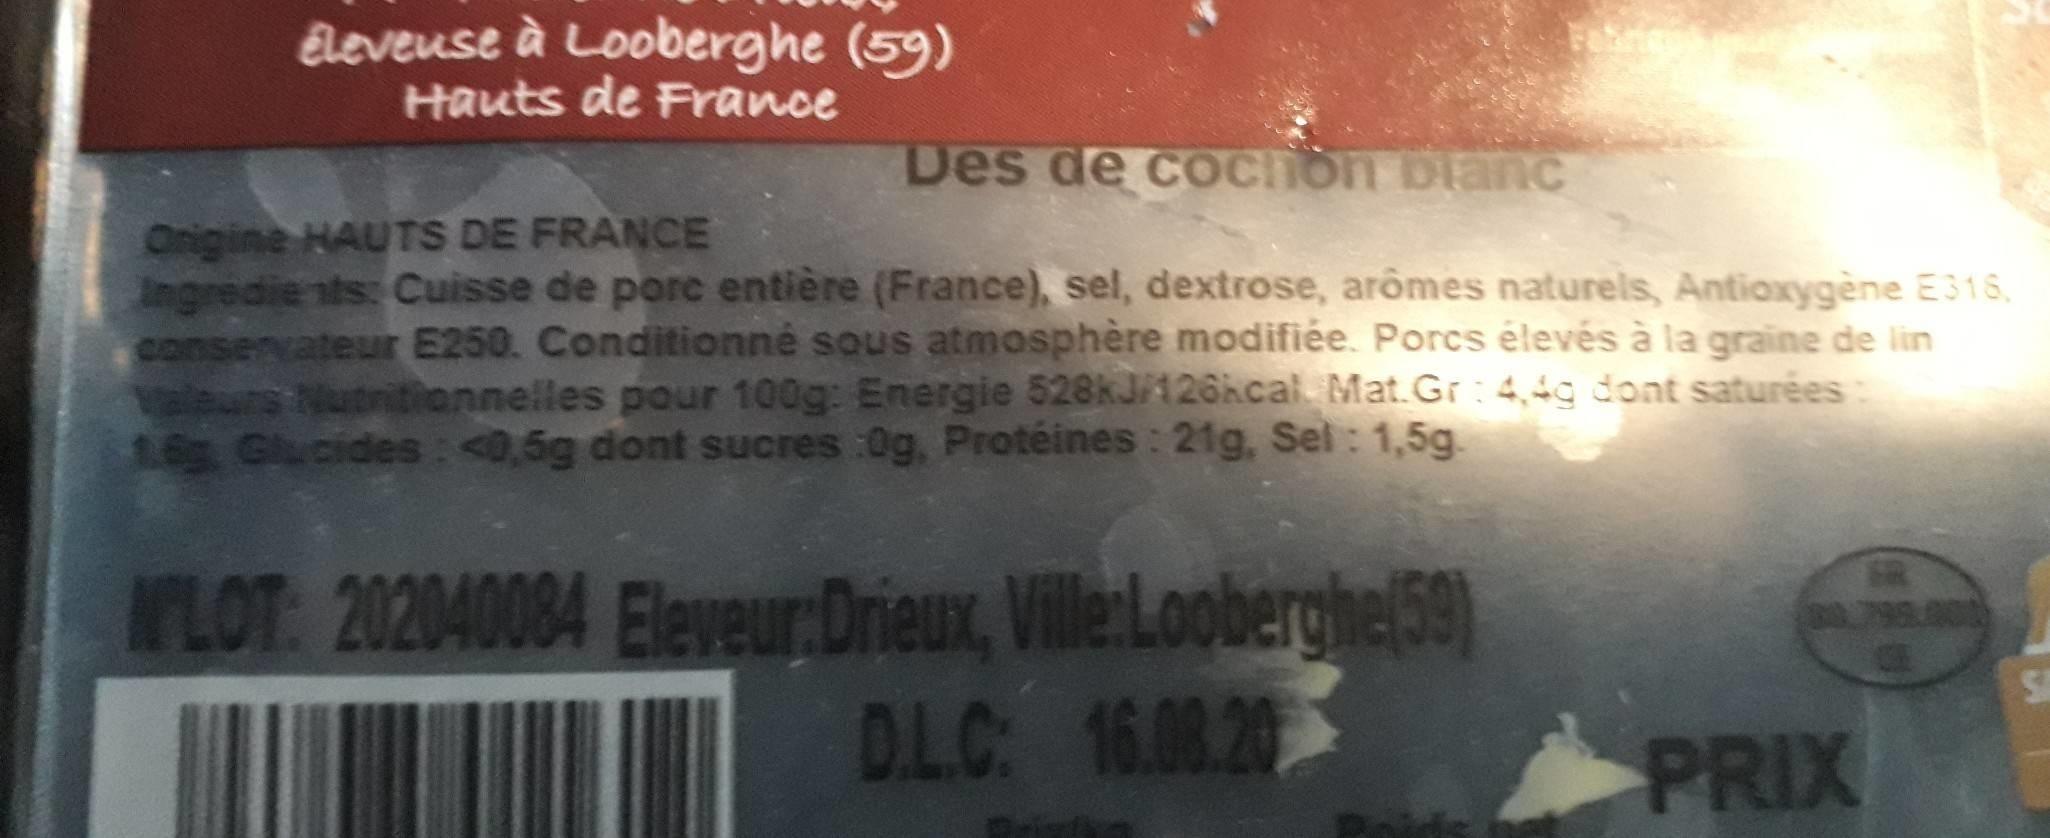
Eleveuse à Looberghe (59) Hauts de France
Des de cOCTon bianc
Onigine HAUTS DE FRANCE Ingredie nts: Cuisse de porc entière (France), sel, dextrose, arômes naturels, Antioxygène E315, conservateur E250. Conditionné sous atmosphère modifiée. Porcs élevés à la graine de lin eurs Nutritionnelles pour 100g: Energie 528kJ/126kcal Mat.Gr: 4,4g dont saturées 16g Glucides: <0,5g dont sucres :0g, Protéines: 21g, Sel: 1,5g.
WLOT: 202040084 Eleveur:Drieux, Ville:Looberghe(59) D.L.C 16.08.20
0.799.0
SA
PRIX